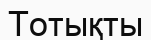
Тотықты